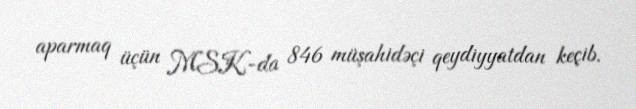
aparmaq üçün MSK-da 846 müşahidəçi qeydiyyatdan keçib.